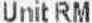
UNIT RM